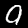
Label: 9